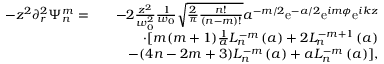
\begin{array} { r l r } { - z ^ { 2 } \partial _ { r } ^ { 2 } \Psi _ { n } ^ { m } = } & { } & { - 2 \frac { z ^ { 2 } } { w _ { 0 } ^ { 2 } } \frac { 1 } { w _ { 0 } } \sqrt { \frac { 2 } { \pi } \frac { n ! } { ( n - m ) ! } } a ^ { - m / 2 } \mathrm { e } ^ { - a / 2 } \mathrm { e } ^ { i m \phi } \mathrm { e } ^ { i k z } } \\ & { } & { \cdot [ m ( m + 1 ) \frac { 1 } { a } L _ { n } ^ { - m } \left( a \right) + 2 L _ { n } ^ { - m + 1 } \left( a \right) } \\ & { } & { - ( 4 n - 2 m + 3 ) L _ { n } ^ { - m } \left( a \right) + a L _ { n } ^ { - m } \left( a \right) ] , } \end{array}